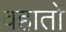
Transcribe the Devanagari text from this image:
वहातो